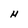
Character: H